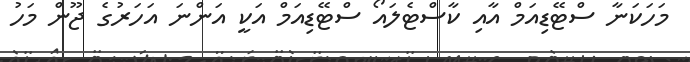
މަހަކަނާ ސްޓޭޑިއަމް އާއި ކާސްޓެލައޯ ސްޓޭޑިއަމް އަކީ އަންނަ އަހަރުގެ ޖޫން މަހު